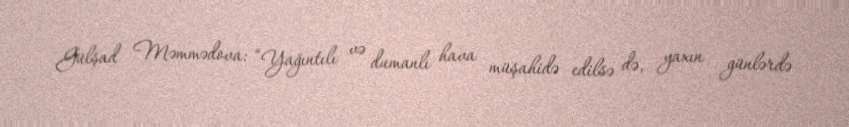
Gülşad Məmmədova: “Yağıntılı və dumanlı hava müşahidə edilsə də, yaxın günlərdə